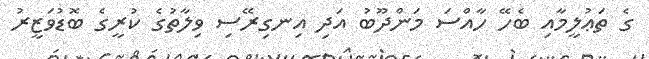
ގެ ތަޢުލީމާއި ބެހޭ ހާއްސަ މަންދޫބު އަދި އިނގިރޭސި ވިލާތުގެ ކުރީގެ ބޮޑުވަޒީރު